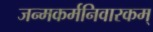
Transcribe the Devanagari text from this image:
जन्मकर्मनिवारकम्